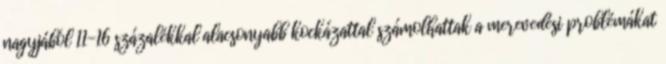
nagyjából 11-16 százalékkal alacsonyabb kockázattal számolhattak a merevedési problémákat